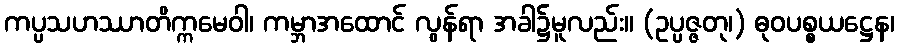
ကပ္ပသဟဿာတိက္ကမေဝါ၊ ကမ္ဘာအထောင် လွန်ရာ အခါ၌မူလည်း။ (ဥပ္ပဇ္ဇတု၊) ဓုဝပစ္စယဋ္ဌေန၊